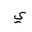
Letter: _ya